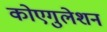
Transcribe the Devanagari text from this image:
कोएगुलेशन